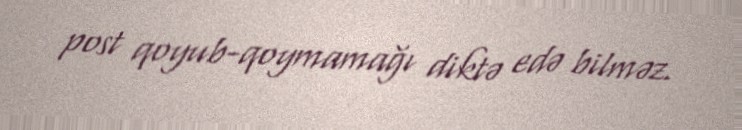
post qoyub-qoymamağı diktə edə bilməz.